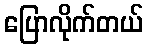
ပြောလိုက်တယ်